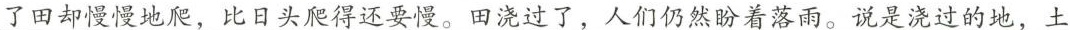
\underline{了田却慢慢地爬，比日头爬得还要慢。田浇过了，人们仍然盼着落雨。说是浇过的地，土}